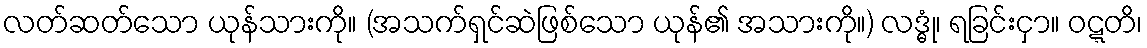
လတ်ဆတ်သော ယုန်သားကို။ (အသက်ရှင်ဆဲဖြစ်သော ယုန်၏ အသားကို။) လဒ္ဓုံ၊ ရခြင်းငှာ။ ဝဋ္ဋတိ၊